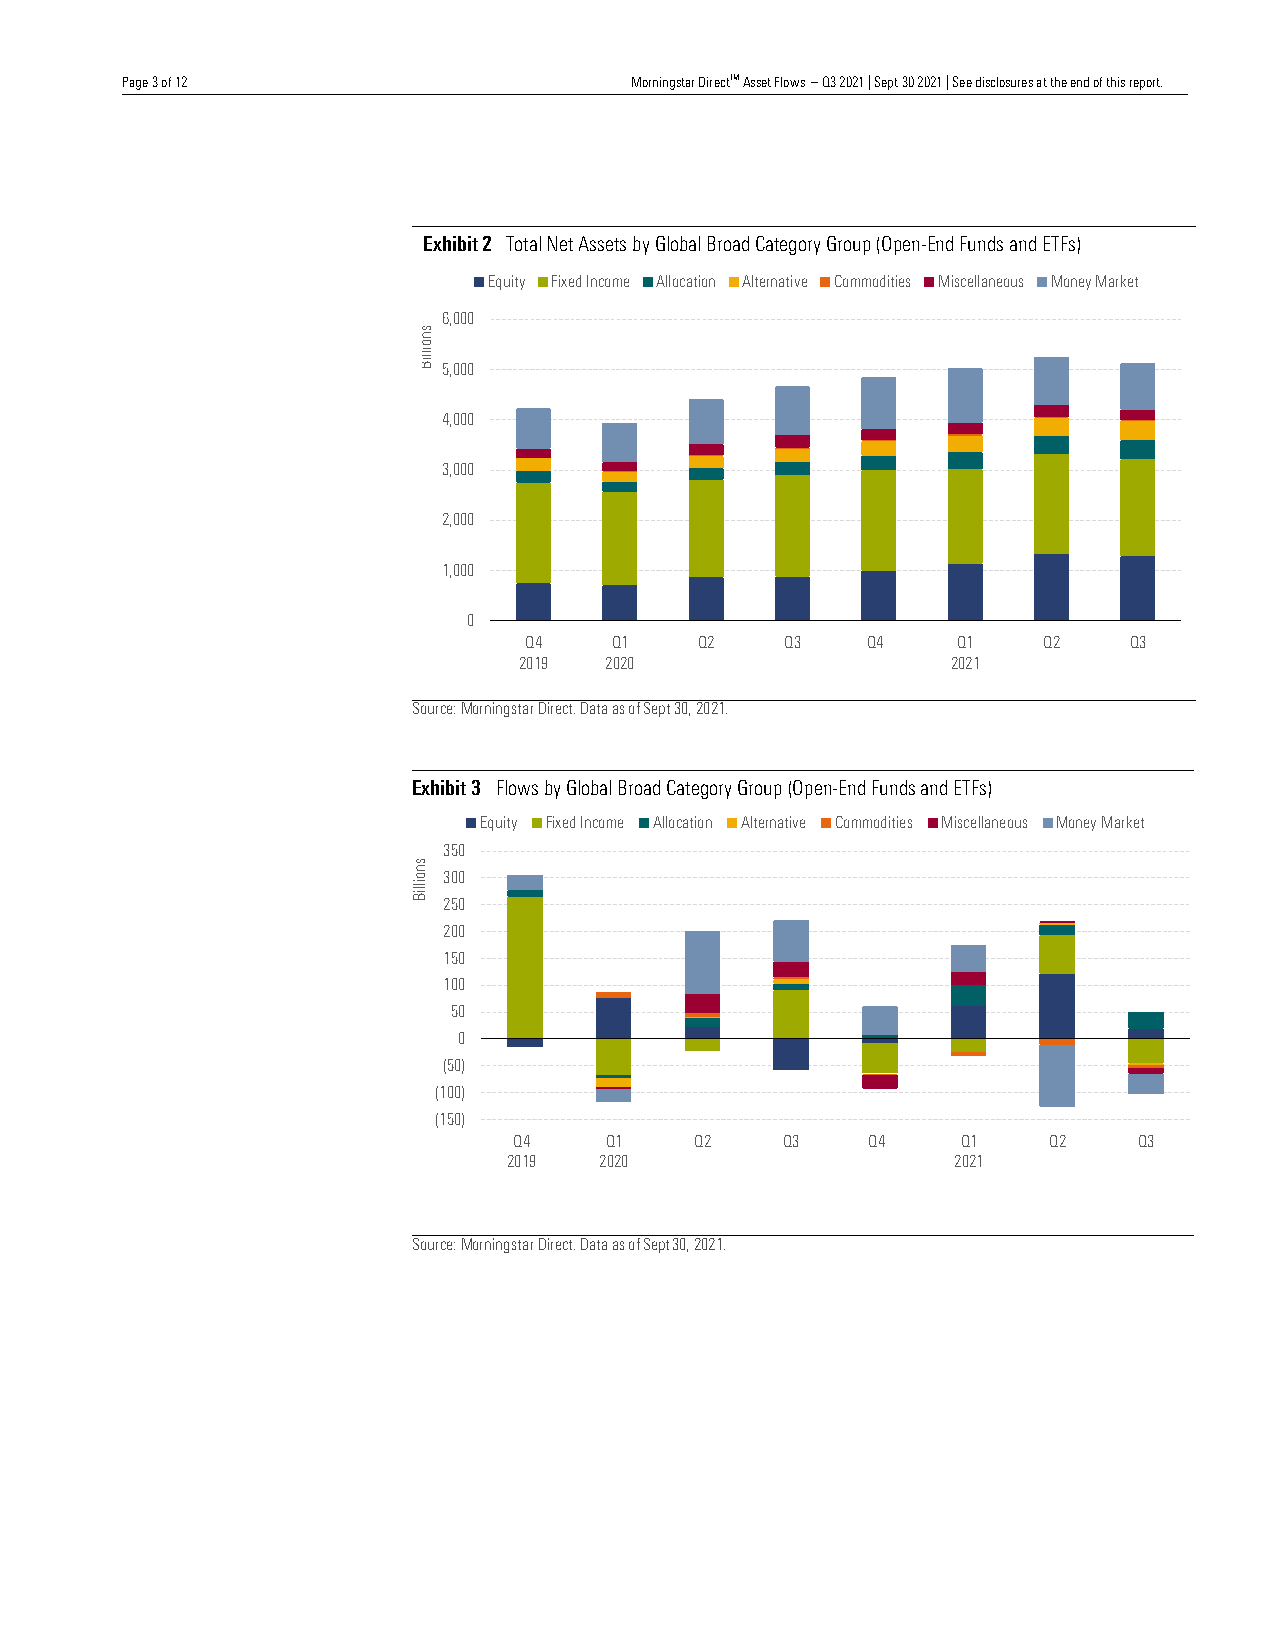
Page 3 of 12                      Morningstar DirectTM Asset Flows – Q3 2021 | Sept 30 2021 | See disclosures at the end of this report.
 Page 3 of 12
 Healthcare Observer | 23 November 2021
 Page 3 of 12
 Paper Title | 23 November 2021
 Page 3 of 12
 Exhibit 2 Total Net
 AH se sal eth tc sa r be yO b Gse lorv ber
 a
 | l2 B3 N roov ae dm b Ce ar 2 t0 e2 g1
 o ry Group (Open-End Funds and ETFs)
 Page 3 of 12
 Equity Fixed PInapcoerm Teitle | 2A3l loNcoatvioenmbeAr l2te0rn2a1ti ve Commodities Miscellaneous Money Market
 Page 3 of 12         6,000
 sn         Healthcare Observer | 23 November 2021
 o
 Page 3 of 12        illiB
 5,000
 Page 3 of 12
 4,000
 3,000
 2,000
 1,000
 0
 Q4   Q1    Q2    Q3   Q4    Q1    Q2    Q3
 2019  2020                   2021
 Source: Morningstar Direct. Data as of Sept 30, 2021.
 Exhibit 3 Flows by Global Broad Category Group (Open-End Funds and ETFs)
 Equity Fixed Income Allocation Alternative Commodities Miscellaneous Money Market
 350
 sn
 o 300
 illiB
 250
 200
 150
 100
 50
 0
 (50)
 (100)
 (150)
 Q4    Q1    Q2    Q3   Q4     Q1   Q2    Q3
 2019  2020                   2021
 Source: Morningstar Direct. Data as of Sept 30, 2021.